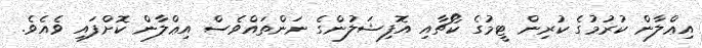
އިޢްލާން ކުރުމުގެ ކުރިން ޓީމުގެ ކޯޗާއި އޮފިޝަލުންގެ ނަންތައްވެސް އިޢްލާން ކޮށްފައި ވެއެވެ.